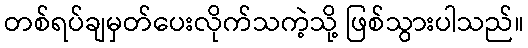
တစ်ရပ်ချမှတ်ပေးလိုက်သကဲ့သို့ ဖြစ်သွားပါသည်။